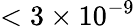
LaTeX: <3\times 10^{-9}